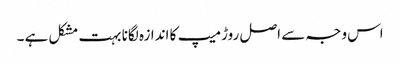
اس وجہ سے اصل روڑ میپ کا اندازہ لگانا بہت مشکل ہے ۔